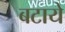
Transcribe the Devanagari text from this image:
बटाये